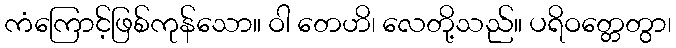
ကံကြောင့်ဖြစ်ကုန်သော။ ဝါ တေဟိ၊ လေတို့သည်။ ပရိဝတ္တေတွာ၊